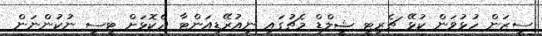
ސީޒަން ހުޅުވަން ކުޅޭ ޗެރިޓީ ޝީލްޑް މެޗުގައި ނިއުރޭޑިއަންޓާ ދެކޮޅަށް ޓީސީ ނުކުންނަން